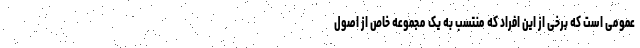
عمومی است که برخی از این افراد که منتسب به یک مجموعه خاص از اصول‌